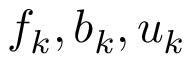
f _ { k } , b _ { k } , u _ { k }